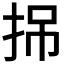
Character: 𢬢